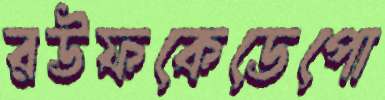
রউফকেডেপো